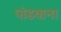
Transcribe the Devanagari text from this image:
पांडवाना